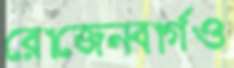
রোজেনবার্গও